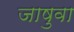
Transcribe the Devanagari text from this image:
जाषुवा